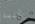
يفهمه